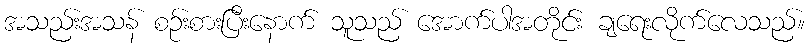
အသည်းအသန် စဉ်းစားပြီးနောက် သူသည် အောက်ပါအတိုင်း ချရေးလိုက်လေသည်။